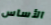
الأساس